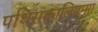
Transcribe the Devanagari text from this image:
पथिराकालियम्मा